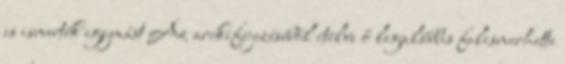
is ismerték egymást Az arckifejezéséből ítélve ő legalábbis felismerhette